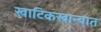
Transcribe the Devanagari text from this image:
खाटिकखान्यात